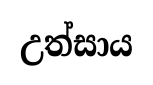
උත්සාය